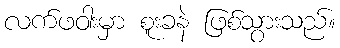
လက်ဖဝါးမှာ စူးခနဲ ဖြစ်သွားသည်။